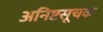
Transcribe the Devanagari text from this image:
अनिष्टसूचक